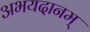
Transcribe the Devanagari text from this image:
अभयदानम्